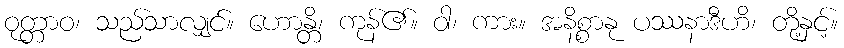
ဝုတ္တာဝ၊ သည်သာလျှင်။ ဟောန္တိ၊ ကုန်၏။ ဝါ၊ ကား။ အနိစ္စာနု ပဿနာဒီဟိ၊ တို့နှင့်။